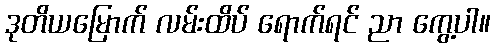
ဒုတိယမြောက် လမ်းထိပ် ရောက်ရင် ညာ ကွေ့ပါ။